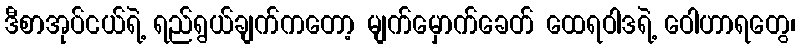
ဒီစာအုပ်ငယ်ရဲ့ ရည်ရွယ်ချက်ကတော့ မျက်မှောက်ခေတ် ထေရဝါဒရဲ့ ဝေါဟာရတွေ၊